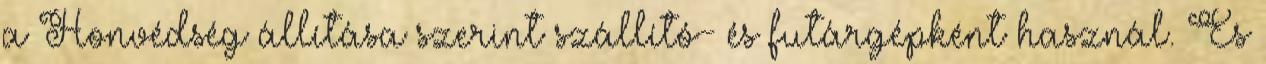
a Honvédség állítása szerint szállító- és futárgépként használ. És